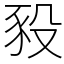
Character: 豛